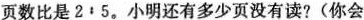
页数比是2：5。小明还有多少页没有读?(你会